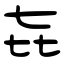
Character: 㐂